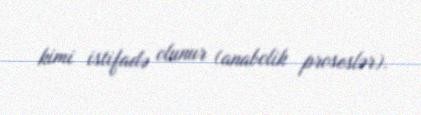
kimi istifadə olunur (anabolik proseslər).